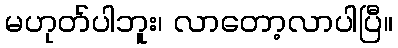
မဟုတ်ပါဘူး၊ လာတော့လာပါပြီ။